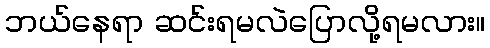
ဘယ်နေရာ ဆင်းရမလဲပြောလို့ရမလား။